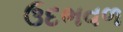
ઉદભવળ